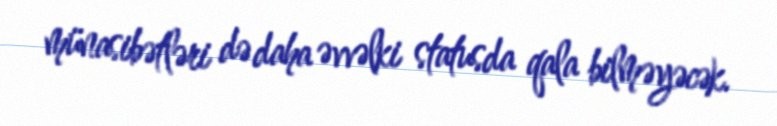
münasibətləri də daha əvvəlki statusda qala bilməyəcək.